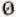
0